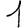
Digit: 1